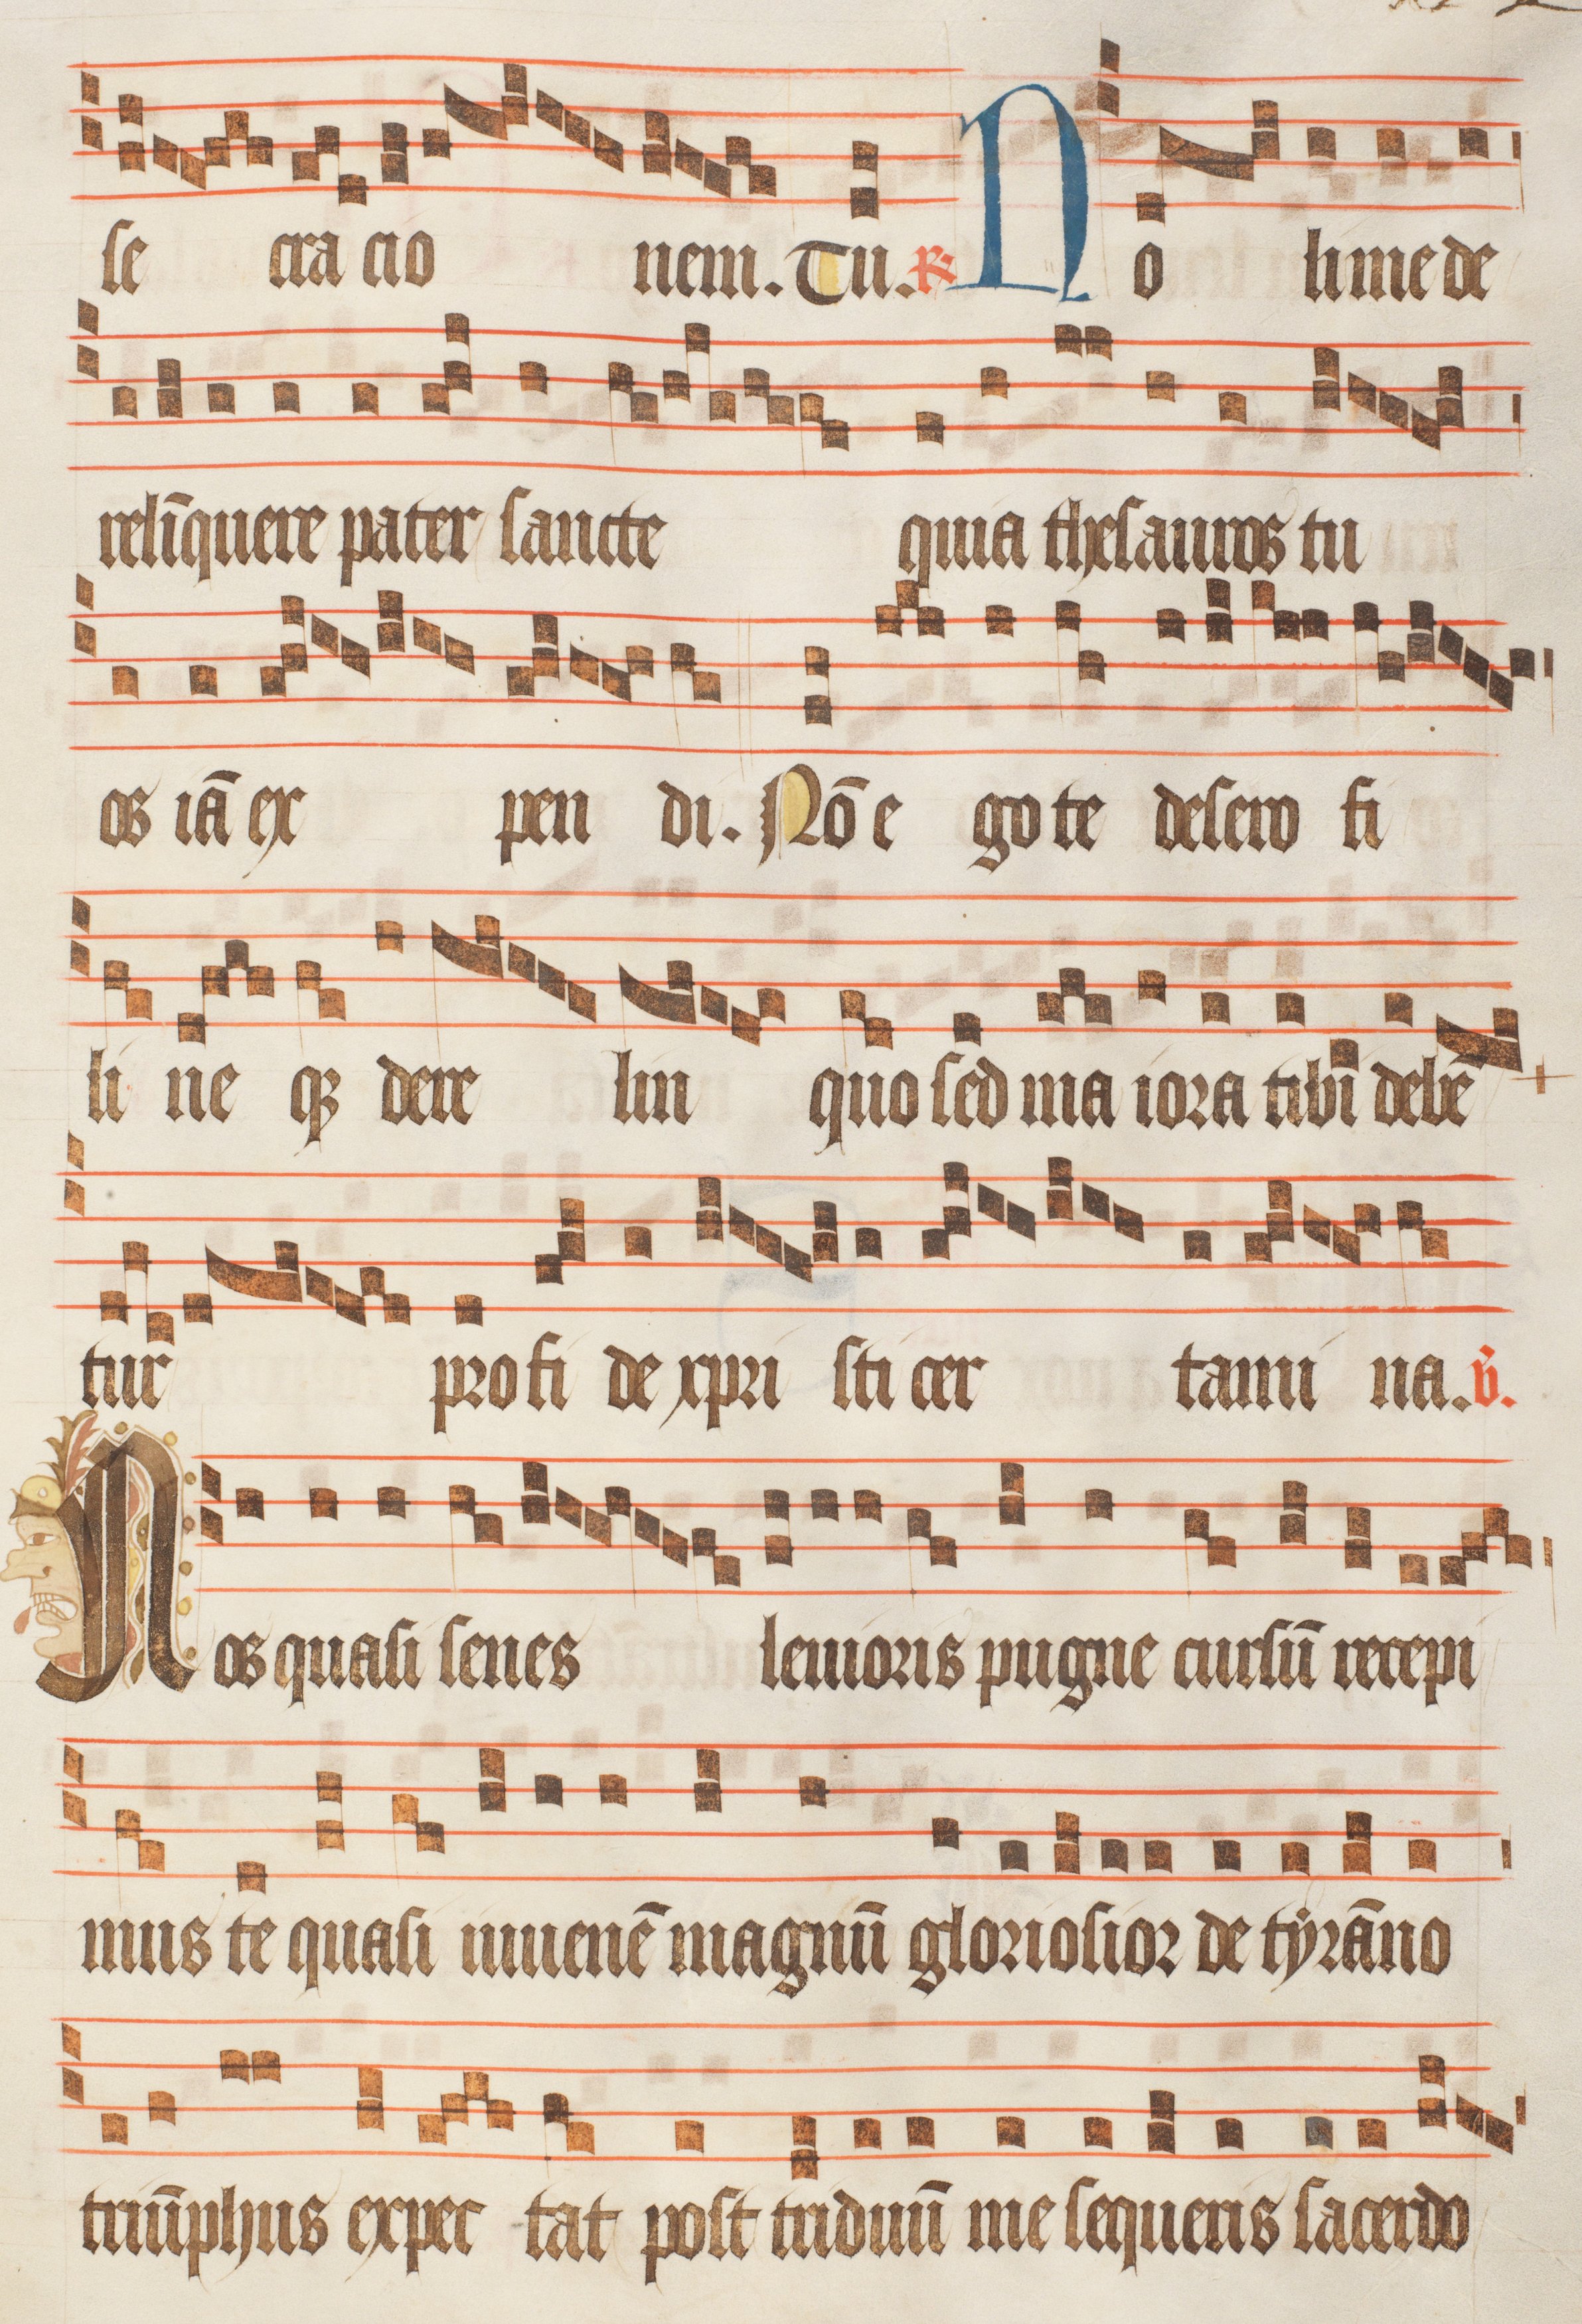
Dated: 1470–1505